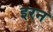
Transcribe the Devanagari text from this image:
इरन